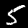
Digit: 5